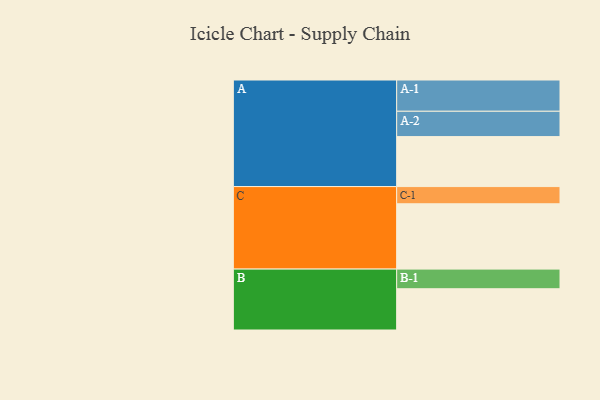
{"axis": {"x": "Segment", "y": "Value"}, "legend": ["", "A", "B", "C"], "data": [{"x": "A", "y": 430, "type": ""}, {"x": "B", "y": 355, "type": ""}, {"x": "C", "y": 562, "type": ""}, {"x": "A-1", "y": 269, "type": "A"}, {"x": "A-2", "y": 218, "type": "A"}, {"x": "B-1", "y": 169, "type": "B"}, {"x": "C-1", "y": 148, "type": "C"}]}